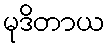
မုဒိတာယ